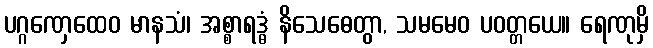
ပဂ္ဂဏှေထေဝ မာနသံ၊ အစ္စာရဒ္ဓံ နိသေဓေတွာ, သမမေဝ ပဝတ္တယေ။ ရေဏုမှိ